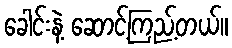
ခေါင်းနဲ့ ဆောင့်ကြည့်တယ်။